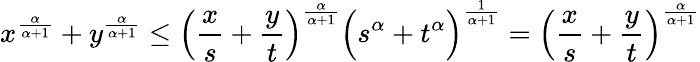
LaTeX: x^{\frac{\alpha}{\alpha+1}}+y^{\frac{\alpha}{\alpha+1}}\leq\left({\frac{x}{s}}+{\frac{y}{t}}\right)^{\frac{\alpha}{\alpha+1}}{\Big(}s^{\alpha}+t^{\alpha}{\Big)}^{\frac{1}{\alpha+1}}=\left({\frac{x}{s}}+{\frac{y}{t}}\right)^{\frac{\alpha}{\alpha+1}}